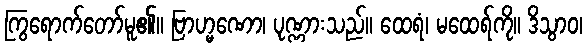
ကြွရောက်တော်မူ၏။ ဗြာဟ္မဏော၊ ပုဏ္ဏားသည်။ ထေရံ၊ မထေရ်ကို။ ဒိသွာဝ၊